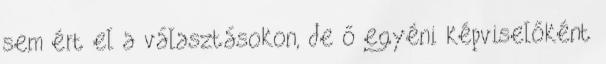
sem ért el a választásokon, de ő egyéni képviselőként